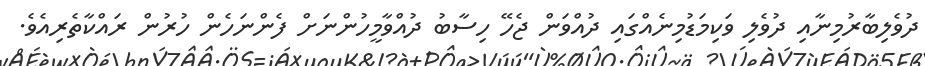
ދުވެލިބާރުމިނާއި ދުވެލި ވަކިމަޑުމިނެއްގައި ދުއްވަން ޖެހޭ ހިސާބު ދުއްވާމީހުންނަށް ފެންނަހެން ހުރުން ރައްކާތެރިއެވެ.